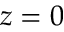
z = 0